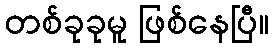
တစ်ခုခုမူ ဖြစ်နေပြီ။